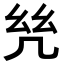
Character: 𢆻